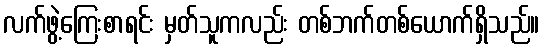
လက်ဖွဲ့ကြေးစာရင်း မှတ်သူကလည်း တစ်ဘက်တစ်ယောက်ရှိသည်။